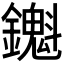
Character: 𬬖